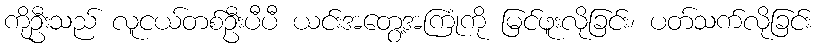
ကိုဦးသည် လူငယ်တစ်ဦးပီပီ ယင်းအတွေ့အကြုံကို မြင်ဖူးလိုခြင်း၊ ပတ်သက်လိုခြင်း